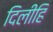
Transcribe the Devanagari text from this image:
दिलीहि